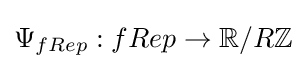
\Psi _{fRep}:fRep\to \mathbb {R} /R\mathbb {Z}